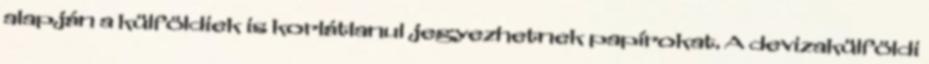
alapján a külföldiek is korlátlanul jegyezhetnek papírokat. A devizakülföldi